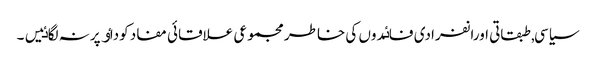
سیاسی, طبقاتی اورانفرادی فاٸدوں کی خاطر مجموعی علاقائی مفاد کوداٶ پرنہ لگاٸیں۔